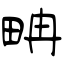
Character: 畘